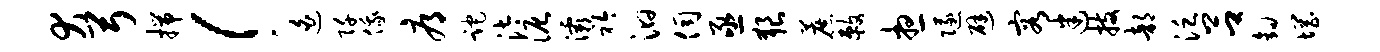
犬弓揣！迫阡俄辱跎汰泥灞衿汩伺亟狼蔗敕想隧避容迷技部泛吕钩惘